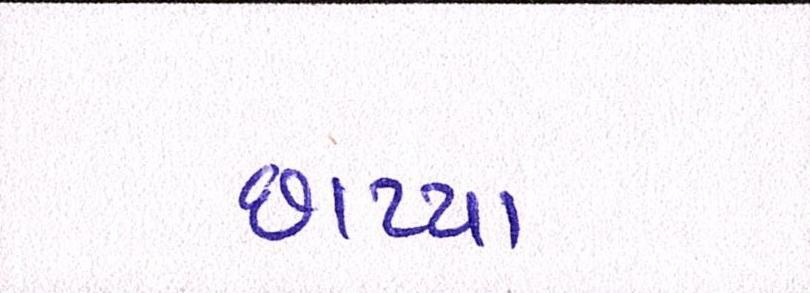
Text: છાપ્યા